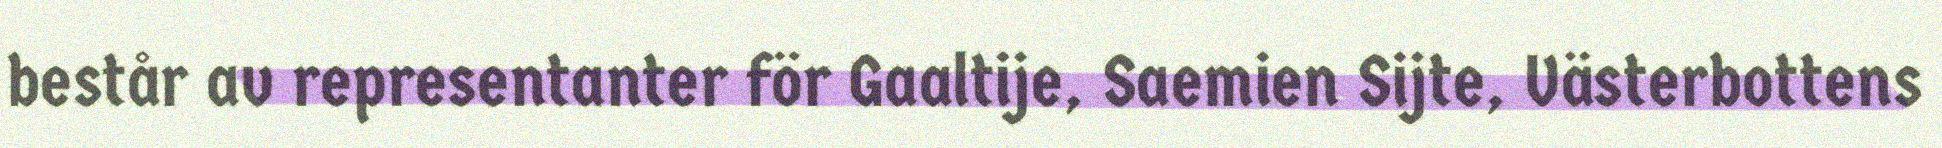
består av representanter för Gaaltije, Saemien Sijte, Västerbottens